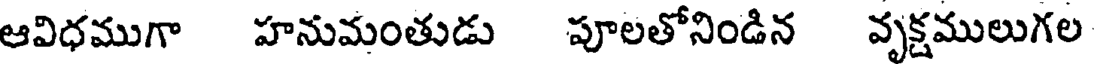
ఆవిధముగా హనుమంతుడు పూలతోనిండిన వృక్షములుగల